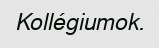
Kollégiumok.